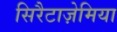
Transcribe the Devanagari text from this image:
सिरैटाज़ेमिया